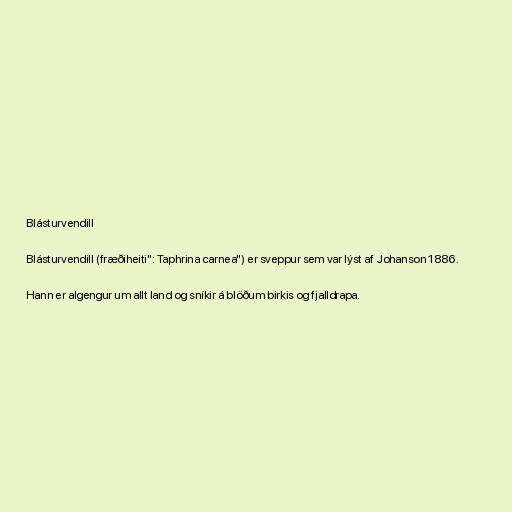
Blásturvendill

Blásturvendill (fræðiheiti": Taphrina carnea") er sveppur sem var lýst af Johanson 1886.

Hann er algengur um allt land og sníkir á blöðum birkis og fjalldrapa.